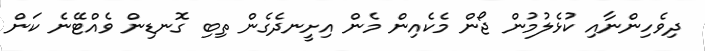
ދިވެހިންނާއި ކުޅެލުމުން ޖޯން މެކެއިން މެން އިށީނދެގެން ތިބި ގޮނޑިން ވެއްޓޭނެ ކަން